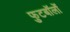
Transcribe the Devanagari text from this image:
फुटबॉलों